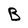
Character: B